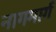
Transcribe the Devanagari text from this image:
नागमार्ग